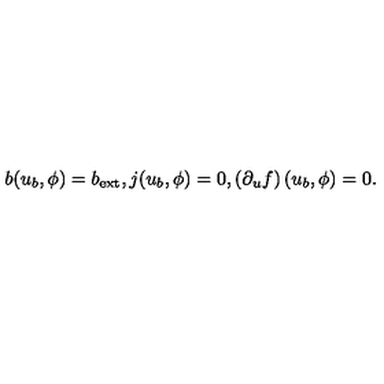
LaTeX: b ( u _ { b } , \phi ) = b _ { \mathrm { e x t } } , j ( u _ { b } , \phi ) = 0 , \left( \partial _ { u } f \right) ( u _ { b } , \phi ) = 0 .